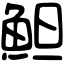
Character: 䱇